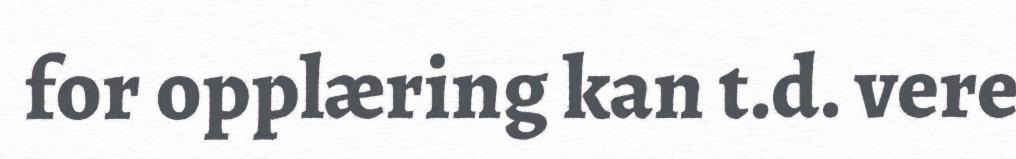
for opplæring kan t.d. vere